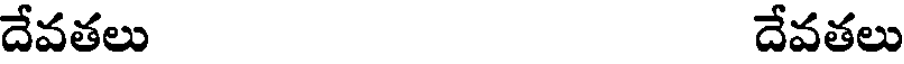
దేవతలు దేవతలు